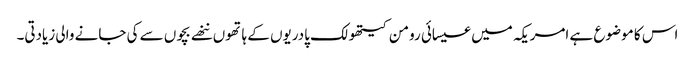
اس کا موضوع ہے امریکہ میں عیسائی رومن کیتھولک پادریوں کے ہاتھوں ننھے بچوں سے کی جانے والی زیادتی۔